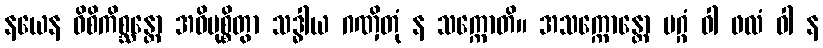
နယေန ဝိစိကိစ္ဆန္တော အဓိမုစ္စိတွာ သဒ္ဓါယ ဂဏှိတုံ န သက္ကောတိ။ အသက္ကောန္တော မဂ္ဂံ ဝါ ဖလံ ဝါ န